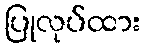
ပြုလုပ်ထား